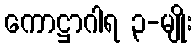
ကောဋ္ဌာဂါရ ၃-မျိုး